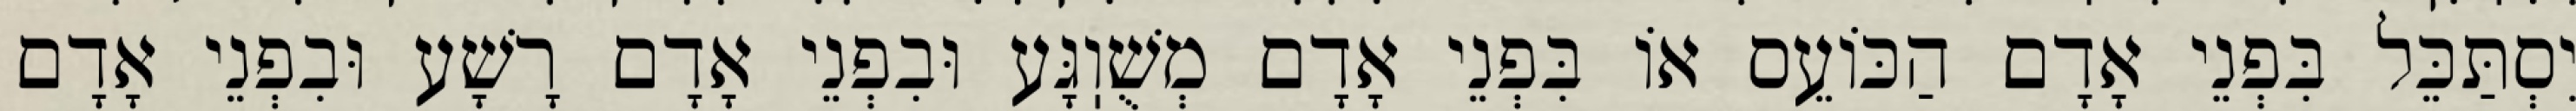
יִסְתַּכֵּל בִּפְנֵי אָדָם הַכּוֹעֵס אוֹ בִּפְנֵי אָדָם מְשֻׁוֽגָּע וּבִפְנֵי אָדָם רָשָׁע וּבִפְנֵי אָדָם